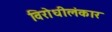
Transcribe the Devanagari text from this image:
विरोधीलंकार